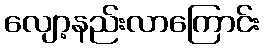
လျော့နည်းလာကြောင်း